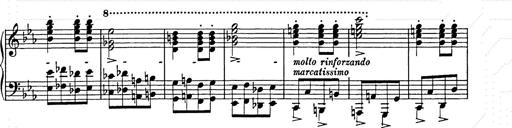
Title: Hungarian Rhapsody No.9
Composer: Franz Liszt
Key: E-flat major